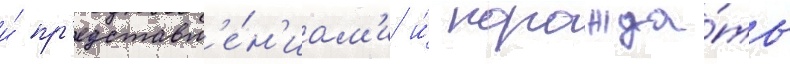
и́ пр'едставл'е́н'иам'и и́ порожда́ть